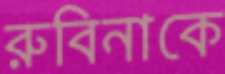
রুবিনাকে